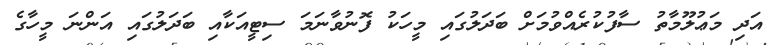
އަދި މަޢުލޫމާތު ސާފުކުރެއްވުމަށް ބަދަލުގައި މީހަކު ފޮނުވާނަމަ ސިޓީއަކާއި ބަދަލުގައި އަންނަ މީހާގެ